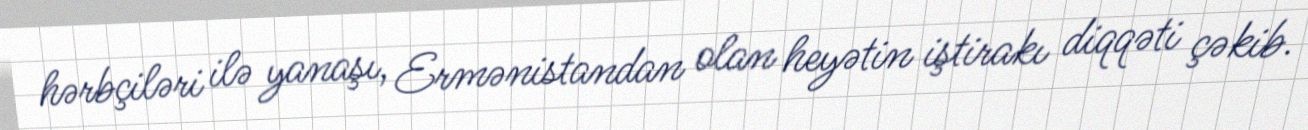
hərbçiləri ilə yanaşı, Ermənistandan olan heyətin iştirakı diqqəti çəkib.